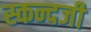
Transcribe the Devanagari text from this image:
स्कन्दजी